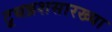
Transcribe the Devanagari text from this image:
टूथब्रशसारख्या